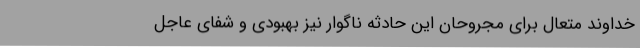
خداوند متعال برای مجروحان این حادثه ناگوار نیز بهبودی و شفای عاجل